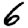
Digit: 6